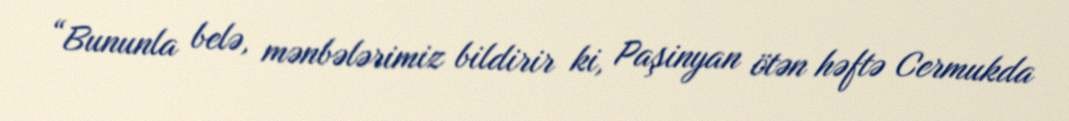
“Bununla belə, mənbələrimiz bildirir ki, Paşinyan ötən həftə Cermukda